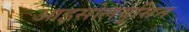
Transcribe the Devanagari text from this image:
आइसोलयूसिन